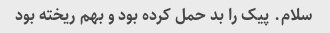
سلام. پیک را بد حمل کرده بود و بهم ریخته بود